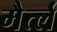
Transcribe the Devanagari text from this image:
मैर्त्ल